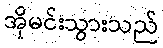
အိုမင်းသွားသည်